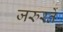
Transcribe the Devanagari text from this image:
जरुरतें